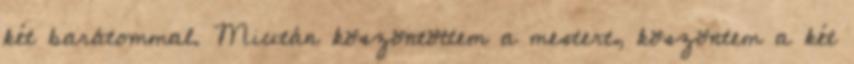
két barátommal. Miután köszöntöttem a mestert, köszöntem a két